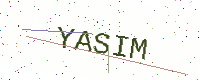
Text: YASIM